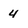
Character: 4